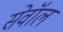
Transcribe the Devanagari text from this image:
सेवॉल